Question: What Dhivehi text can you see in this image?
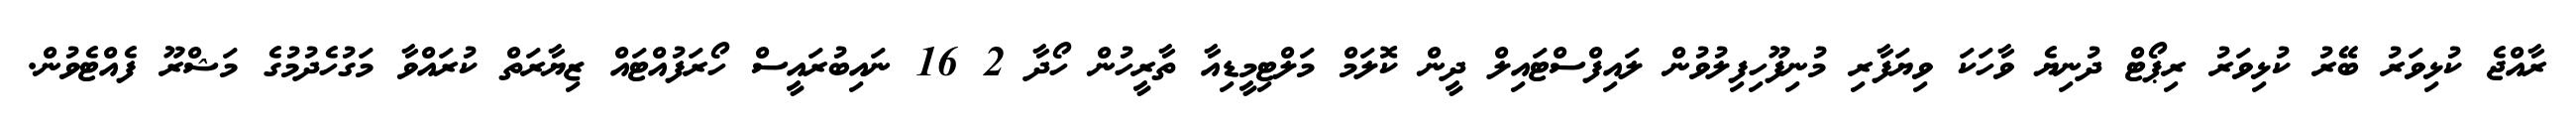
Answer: ރާއްޖެ ކުޅިވަރު ބޭރު ކުޅިވަރު ރިޕޯޓް ދުނިޔެ ވާހަކަ ވިޔަފާރި މުނިފޫހިފިލުވުން ލައިފްސްޓައިލް ދީން ކޮލަމް މަލްޓިމީޑިއާ ތާރީހުން ހޯދާ 2 16 ނައިބުރައީސް ހޯރަފުއްޓައް ޒިޔާރަތް ކުރައްވާ މަގުހެދުމުގެ މަޝްރޫ ފެއްޓެވުން.